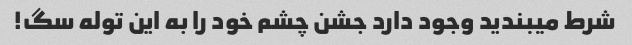
شرط میبندید وجود دارد جشن چشم خود را به این توله سگ!